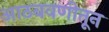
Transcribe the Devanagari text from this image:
आठबवणीतून